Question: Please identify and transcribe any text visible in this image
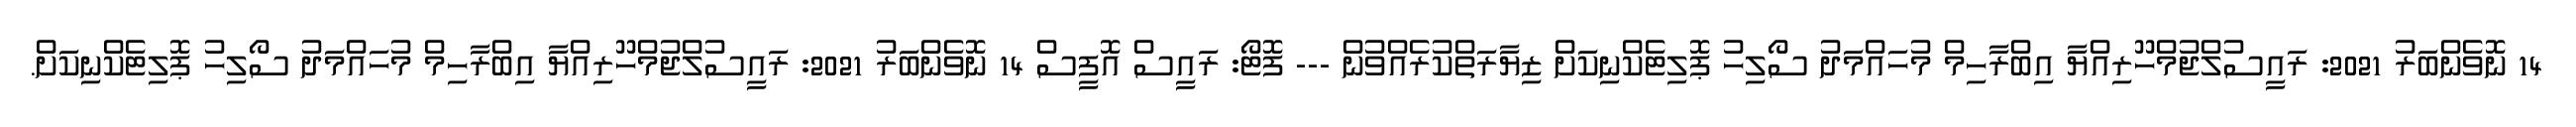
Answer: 14 ނޮވެންބަރު 2021: ރައީސުލްޖުމްހޫރިއްޔާ އިބްރާހިމް މުހައްމަދު ސޯލިހު ޕޮލިޓެކްނިކަށް ޒިޔާރަތްކުރެއްވުން --- ފޮޓޯ: ރައީސް އޮފީސް 14 ނޮވެންބަރު 2021: ރައީސުލްޖުމްހޫރިއްޔާ އިބްރާހިމް މުހައްމަދު ސޯލިހު ޕޮލިޓެކްނިކަށް.